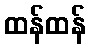
ထန်ထန်